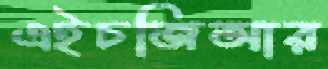
এইচজিআর